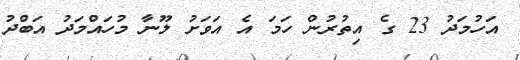
އަހުމަދު 23 ގެ އިތުރުން ހަމަ އެ އަވަށު ލޫނާ މުހައްމަދު އަބްދު